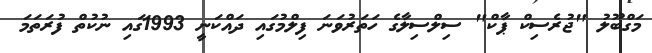
މަގްބޫލު "ޖުރެސިކް ޕާކް" ސިލްސިލާގެ ހަތަރުވަނަ ފިލްމުގައި ދައްކަނީ 1993ގައި ނުކުތް ފުރަތަމަ